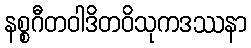
နစ္စဂီတဝါဒိတဝိသုကဒဿနာ